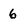
Character: 6